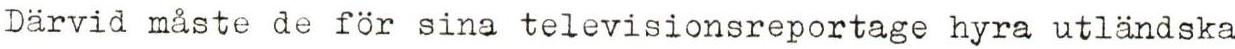
Därvid måste de for sina televisionsreportage hyra utländska